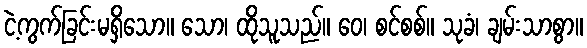
ငဲ့ကွက်ခြင်းမရှိသော။ သော၊ ထိုသူသည်။ ဝေ၊ စင်စစ်။ သုခံ၊ ချမ်းသာစွာ။